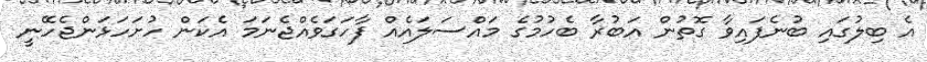
އެ ބިލުގައި ބުނެފައިވާ ގޮތުން އަބުރާ ބެހުމުގެ މައްސަލައެއް ފާހަގަވެއްޖެނަމަ އެކަން ހުށަހަޅަންޖެހޭނީ